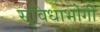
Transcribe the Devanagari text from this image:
सुविधाभोगी